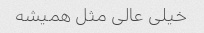
خیلی عالی مثل همیشه